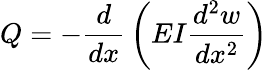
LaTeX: Q=-{\frac{d}{dx}}\left(EI{\frac{d^{2}w}{dx^{2}}}\right)